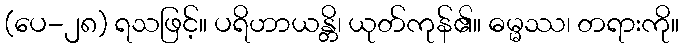
(ပေ-၂၈) ရသဖြင့်။ ပရိဟာယန္တိ၊ ယုတ်ကုန်၏။ ဓမ္မဿ၊ တရားကို။